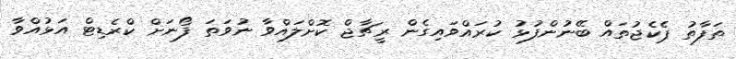
ތަފާތު ޕެކެޖުތައް ބޭނުންފުޅު ކުރައްވައިގެން ރީޗާޖް ކޮށްލައްވާ ނުވަތަ ފޯނަށް ކްރެޑިޓް އަޅުއްވާ